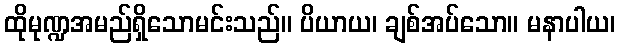
ထိုမုဏ္ဍအမည်ရှိသောမင်းသည်။ ပိယာယ၊ ချစ်အပ်သော။ မနာပါယ၊